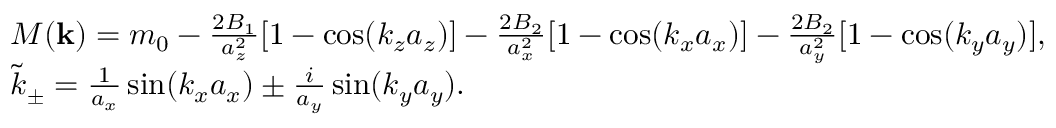
\begin{array} { r l } & { M ( { \bf k } ) = m _ { 0 } - \frac { 2 B _ { 1 } } { a _ { z } ^ { 2 } } [ 1 - \cos ( k _ { z } a _ { z } ) ] - \frac { 2 B _ { 2 } } { a _ { x } ^ { 2 } } [ 1 - \cos ( k _ { x } a _ { x } ) ] - \frac { 2 B _ { 2 } } { a _ { y } ^ { 2 } } [ 1 - \cos ( k _ { y } a _ { y } ) ] , } \\ & { \tilde { k } _ { \pm } = \frac { 1 } { a _ { x } } \sin ( k _ { x } a _ { x } ) \pm \frac { i } { a _ { y } } \sin ( k _ { y } a _ { y } ) . } \end{array}